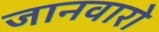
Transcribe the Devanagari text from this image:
जानवारो